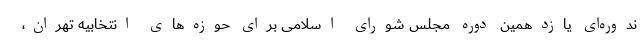
ندوره‌ای یازدهمین دوره مجلس شورای اسلامی برای حوزه‌های انتخابیه تهران،